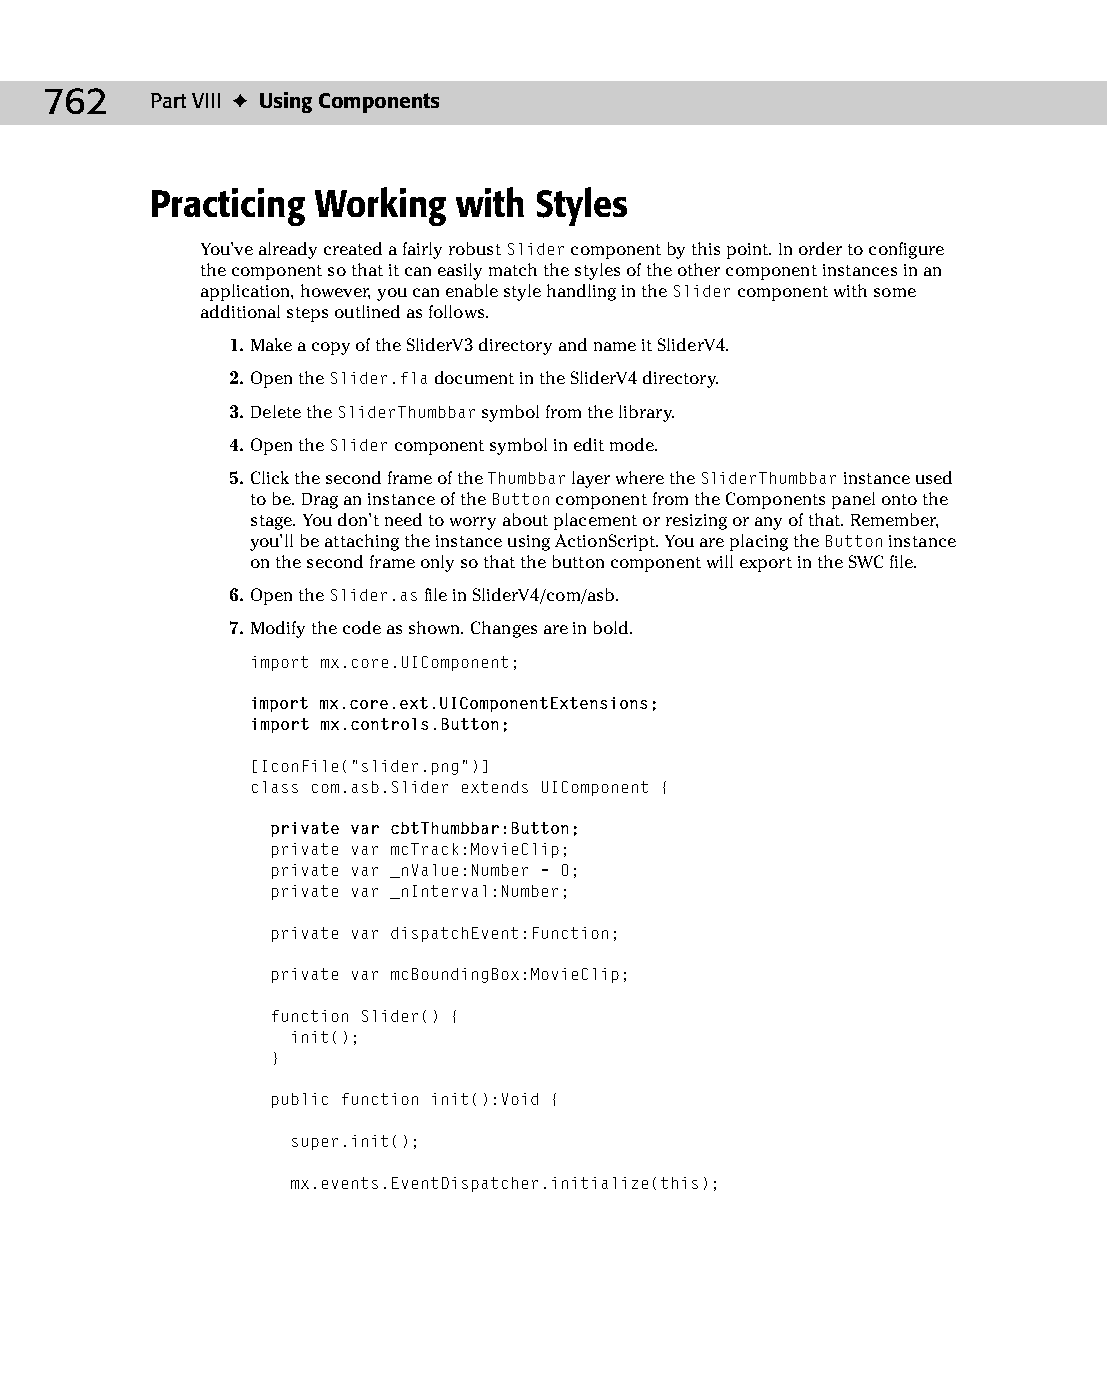
39 543547 ch30.qxd 3/24/04 4:07 PM Page 762
 762    Part VIII ✦ Using Components
 Practicing Working  with Styles
 You’ve already created a fairly robust Slider component by this point. In order to configure
 the component so that it can easily match the styles of the other component instances in an
 application, however, you can enable style handling in the Slider component with some
 additional steps outlined as follows.
 1. Make a copy of the SliderV3 directory and name it SliderV4.
 2. Open the Slider.fla document in the SliderV4 directory.
 3. Delete the SliderThumbbar symbol from the library.
 4. Open the Slider component symbol in edit mode.
 5. Click the second frame of the Thumbbar layer where the SliderThumbbar instance used
 to be. Drag an instance of the Button component from the Components panel onto the
 stage. You don’t need to worry about placement or resizing or any of that. Remember,
 you’ll be attaching the instance using ActionScript. You are placing the Button instance
 on the second frame only so that the button component will export in the SWC file.
 6. Open the Slider.as file in SliderV4/com/asb.
 7. Modify the code as shown. Changes are in bold.
 import mx.core.UIComponent;
 import mx.core.ext.UIComponentExtensions;
 import mx.controls.Button;
 [IconFile(“slider.png”)]
 class com.asb.Slider extends UIComponent {
 private var cbtThumbbar:Button;
 private var mcTrack:MovieClip;
 private var _nValue:Number = 0;
 private var _nInterval:Number;
 private var dispatchEvent:Function;
 private var mcBoundingBox:MovieClip;
 function Slider() {
 init();
 }
 public function init():Void {
 super.init();
 mx.events.EventDispatcher.initialize(this);